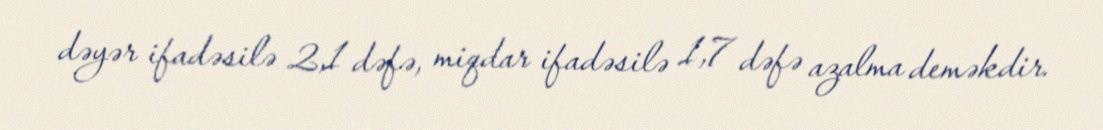
dəyər ifadəsilə 2,1 dəfə, miqdar ifadəsilə 1,7 dəfə azalma deməkdir.